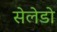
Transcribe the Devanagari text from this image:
सेलेडो